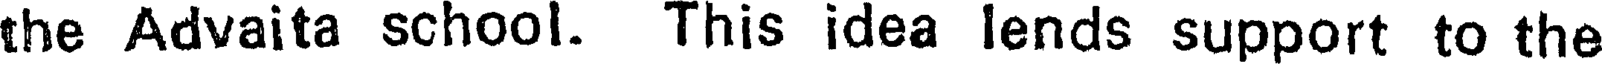
the Advaita school. This idea lends support to the